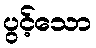
ပွင့်သော